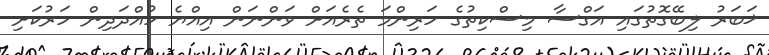
ޚަބަރު ލިބޭގޮތުގައި އަގްސާ މިސްކިތުގެ ހަރިންމަ ތެރެއަށް ވަންނަން އިއްޔެ ހުއްދަދިން ހަރުކަށި